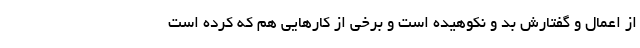
از اعمال و گفتارش بد و نکوهیده است و برخی از کارهایی هم که کرده است